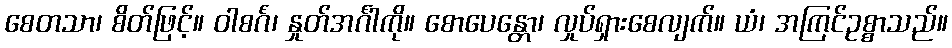
စေတသာ၊ စိတ်ဖြင့်။ ဝါစင်္ဂံ၊ နှုတ်အင်္ဂါကို။ စောပေန္တော၊ လှုပ်ရှားစေလျက်။ ယံ၊ အကြင်ဥစ္စာသည်။